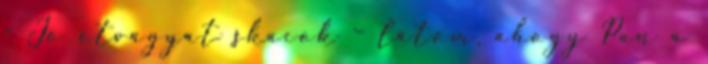
- Jó étvágyat skacok – látom, ahogy Pan a